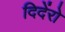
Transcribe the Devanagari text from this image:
दिदेंरो